Alatskivi_vallavalitsus_et, lk 202
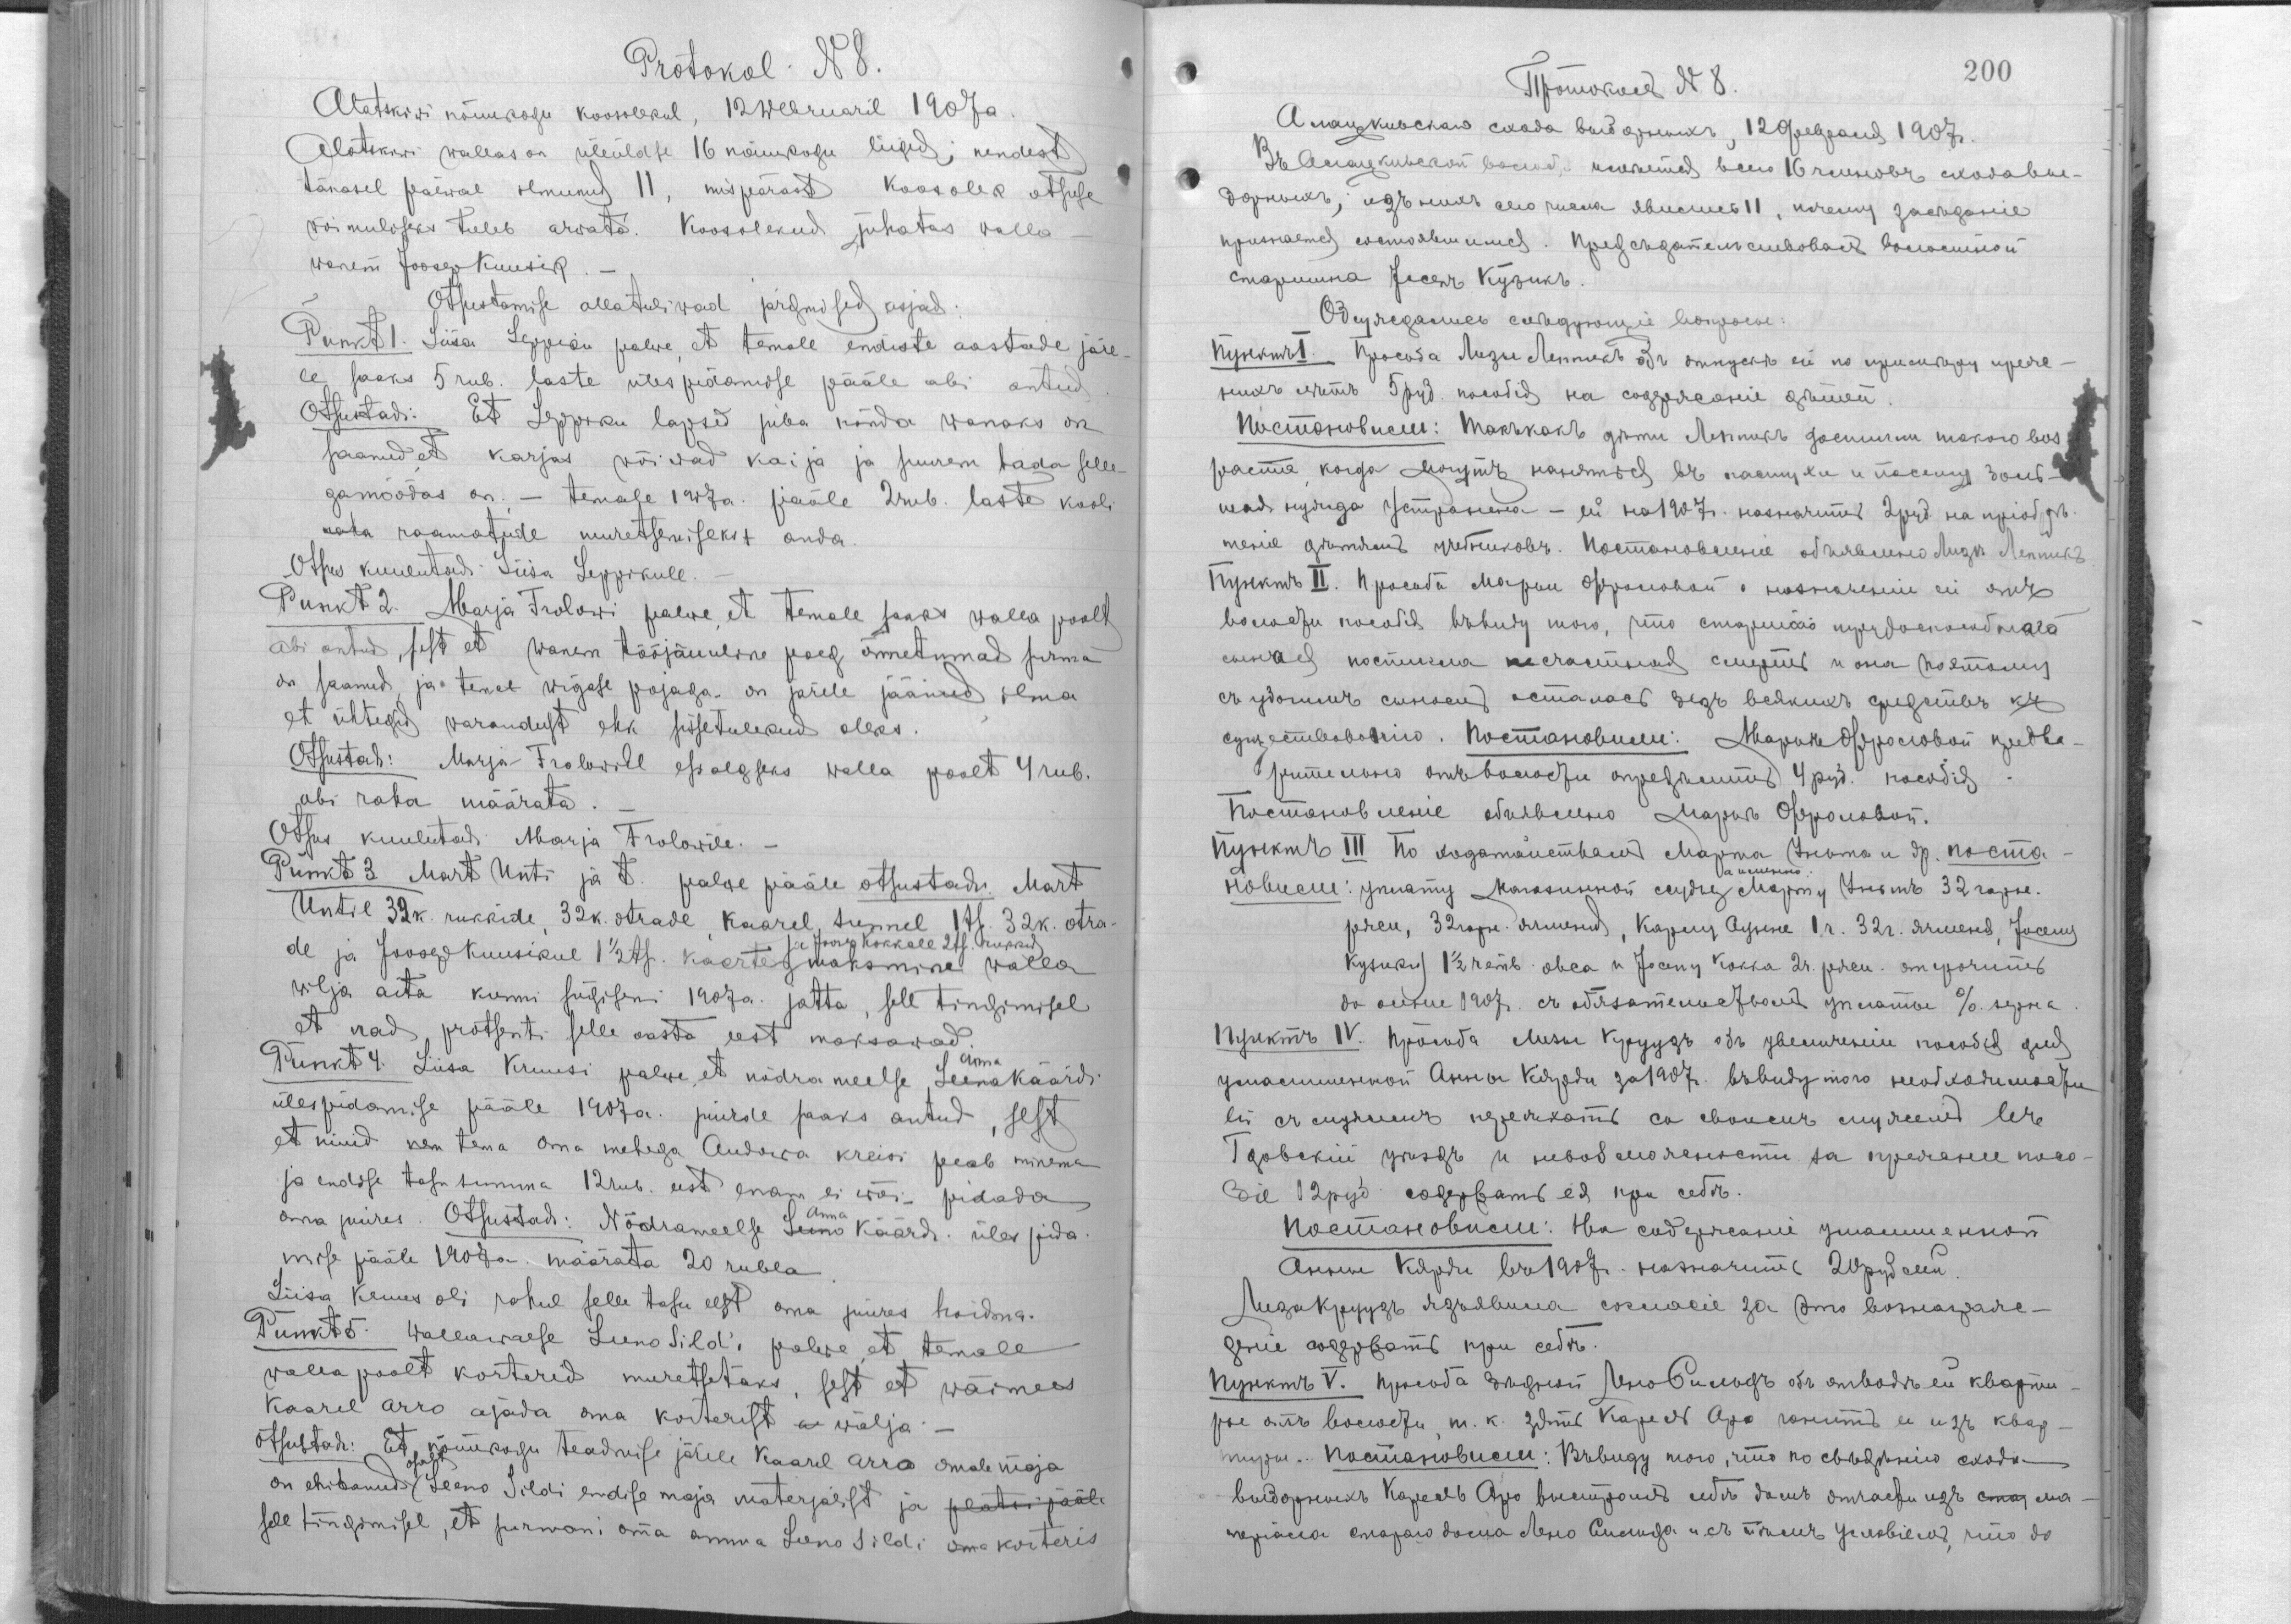
Protokol N8.
Alaktskiwi nõuukogu koosolekul, 12 webruaril 1907 a.
Alatskiwi wallas on üleüldse 16 nõuukogu liiged, nendest
tänasel päewal ilmunud 11, mis pärast koosolek otsuse
wõimuliseks tuleb arwata. Koosolekud juhatas walla-
wanem Joosep Kuusik.-
Otsustamise allatuliwad järgmised asjad:
Punkt 1. Liisa Leppiku palwe, et temale endiste aastade järe-
le saaks 5 rub. laste ülespidamise pääle abi antud.
Otsustadi: Et Leppiku lapsed juba nõnda wanaks on
saanud, et karjas wõiwad kaija ja suurem häda selle-
gamöödas on. - temale 1907 a. pääle 2 rub. laste kooli
raha raamatude muretsemiseks anda.
Otsus kuulutadi Liisa Leppikule.
Punkt 2. Marja Frolowi palwe, et temale saaks walla poolt
abi antud, sest et wanem tööjõuline poeg õnnetumad surma
on saanud, ja temal wigase pojaga on järele jäänud, ilma
et ühtegid warandust ehk sissetulekud oleks.
Otsustadi: Marja Frolowile esialgseks walla poolt 4 rub.
abi raha määrata.
Otsus kuulutadi Marja Frolowile.
Punkt 3. Mart Unti ja t. palwe pääle otsustadi Mart
Until 39 k. rukkide, 32 k. otrade, Kaarel Aunnel 1 ts. 32 k. otra-
Ja Joosep Kokkale 2 ts. rukkid
de ja Joosep Kuusikul 1 1/2 ts. kaerte maksmise walla
wilja aita kunni sügiseni 1907 a. jätta, sell tingimisel
et nad protsenti selle aasta eest maksawad.
Punkt 4. Liisa Kruusi palwe, et nõdrameelse Leena Anna Käärdi
ülespidamise pääle 1907 a. juurde saaks antud, sest
et nüüd nem tema oma mehega Audowa kreisi peab minema
ja endise tasu summa 12 rub. eest enam ei või pidada
oma juures. Otsustadi: Nõdrameelse Leeno Anna Käärdi üles pida-
mise pääle 1907 a. määrata 20 rubla.
Liisa Kruus oli rahul selle tasu eest oma juures hoidma.
Punkt 5. Wallawaese Leeno Sildi palwe, et temale
walla poolt korterid muretsetaks, sest et wäimees
Kaarel Arro ajawa oma korterist w wälja -
Otsustadi: Et nõuukogu teadmise järele Kaarel Arro omale maja
on ehitanud (osalt Leeno Sildi endise maja materjalist ja platsi pääle
sell tingimusel, et surmani oma  amma Leeno Sildi oma korteris